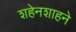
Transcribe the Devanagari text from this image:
शहेनशाहने